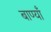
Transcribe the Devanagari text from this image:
बाण्याँ